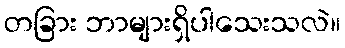
တခြား ဘာများရှိပါသေးသလဲ။